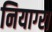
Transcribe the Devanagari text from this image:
नियाग्‍रा